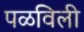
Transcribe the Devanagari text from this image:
पळविली